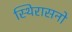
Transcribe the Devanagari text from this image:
स्थिरासनो